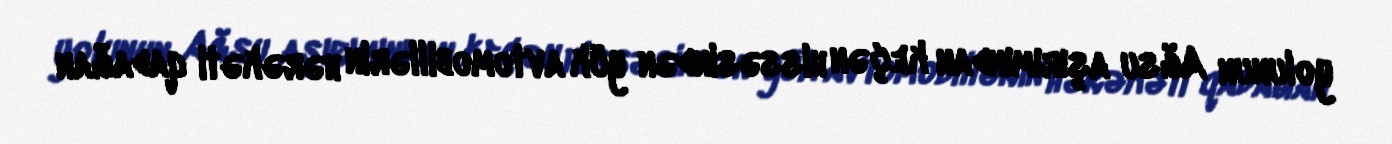
yolunun Ağsu aşırımından keçən hissəsindən yük avtomobillərin hərəkəti qadağan